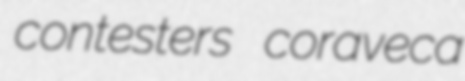
contesters coraveca